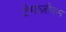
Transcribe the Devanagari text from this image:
टेमाज़ीपाम